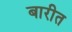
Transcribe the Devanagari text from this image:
बारीत